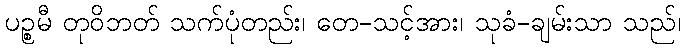
ပဉ္စမီ တုဝိဘတ် သက်ပုံတည်း၊ တေ-သင့်အား၊ သုခံ-ချမ်းသာ သည်၊